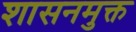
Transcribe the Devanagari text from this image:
शासनमुक्त